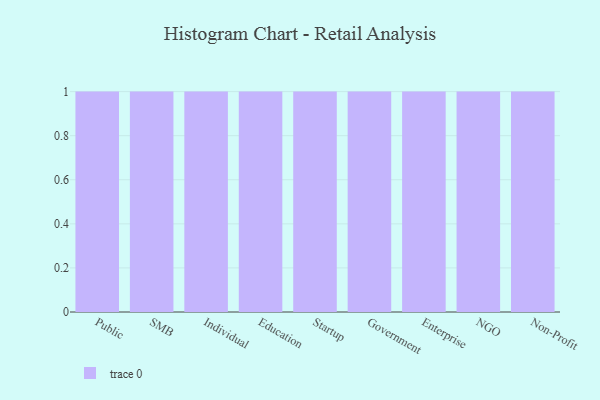
{"axis": {"x": "Segment", "y": "Waste Production (Tons)"}, "legend": [""], "data": [{"x": "Public", "y": 53, "type": ""}, {"x": "SMB", "y": 40, "type": ""}, {"x": "Individual", "y": 87, "type": ""}, {"x": "Education", "y": 99, "type": ""}, {"x": "Startup", "y": 15, "type": ""}, {"x": "Government", "y": 82, "type": ""}, {"x": "Enterprise", "y": 54, "type": ""}, {"x": "NGO", "y": 40, "type": ""}, {"x": "Non-Profit", "y": 14, "type": ""}]}